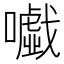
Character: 𡃰